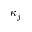
\kappa _ { j }